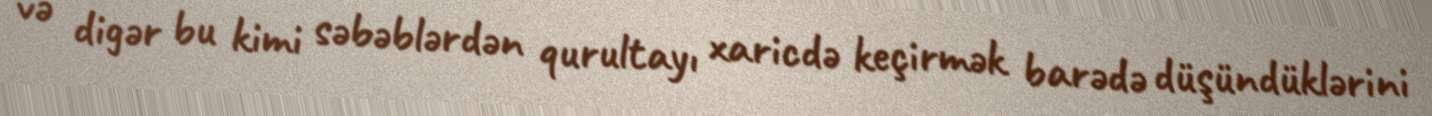
və digər bu kimi səbəblərdən qurultayı xaricdə keçirmək barədə düşündüklərini